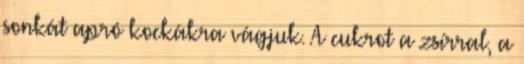
sonkát apró kockákra vágjuk. A cukrot a zsírral, a